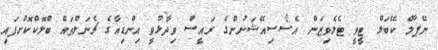
ނޭޕާލް ކޭބަލް ޓީވީ ޓެލެވިޒަން އެސޯސިއޭޝަނުންގެ ރައީސް ވިދާޅުވީ އިންޑިއާގެ ޗެނަލްތައް ބްލޮކްކޮށްފައި